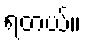
ရတယ်။